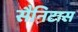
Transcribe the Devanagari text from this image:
सैनिटास